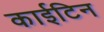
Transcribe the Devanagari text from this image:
काईटिन